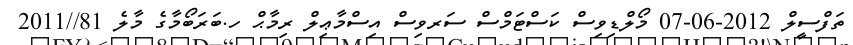
ތަފްސީލް 2012-06-07 މޯލްޑިވިސް ކަސްޓަމްސް ސަރވިސް އިސްމާޢިލް ރިމާޙް ހ.ބަރަބޯމާގެ މާލެ 81//2011